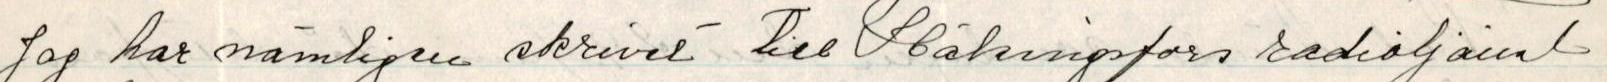
Jag har nämligen skrivet till Hälsingfors radiogalat